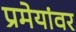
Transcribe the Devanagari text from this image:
प्रमेयांवर